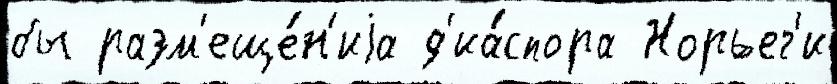
бы разм'еще́н'иjа д'иа́спора Норьег'и